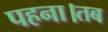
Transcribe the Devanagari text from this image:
पहना।तब